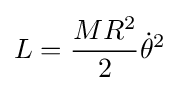
L={MR^{2} \over 2}{\dot {\theta }}^{2}